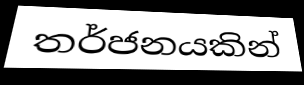
තර්ජනයකින්